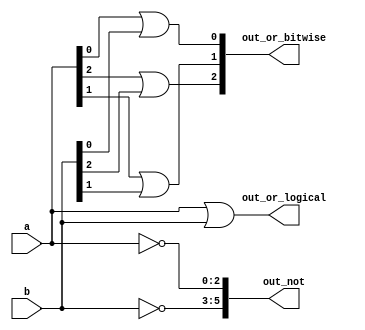
module top_module( 
    input [2:0] a,
    input [2:0] b,
    output [2:0] out_or_bitwise,
    output out_or_logical,
    output [5:0] out_not
);
    assign out_or_bitwise[2] = a[2] | b[2];
    assign out_or_bitwise[1] = a[1] | b[1];
    assign out_or_bitwise[0] = a[0] | b[0];
    assign out_or_logical = a || b;
    assign out_not[2:0] = ~a ;
    //assign out_not[4] = ~a[1];
    //assign out_not[3] = ~a[0];
    assign out_not[5:3] = ~b;
    //assign out_not[1] = ~b[1];
    //assign out_not[0] = ~b[0];
endmodule